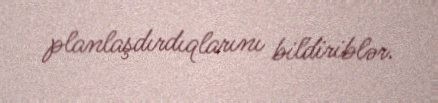
planlaşdırdıqlarını bildiriblər.